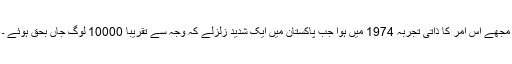
مجھے اس امر کا ذاتی تجربہ 1974 میں ہوا جب پاکستان میں ایک شدید زلزلے کہ وجہ سے تقریباً 10000 لوگ جاں بحق ہوئے ۔